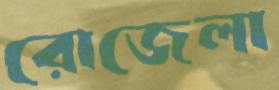
রোজেলা